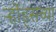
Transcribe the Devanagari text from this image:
र्ऱ्होड्सच्या